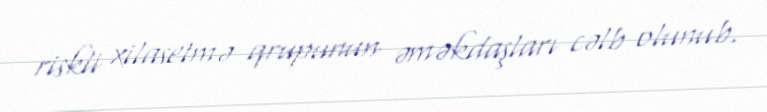
riskli xilasetmə qrupunun əməkdaşları cəlb olunub.